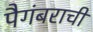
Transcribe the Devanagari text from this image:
पैगंबराची